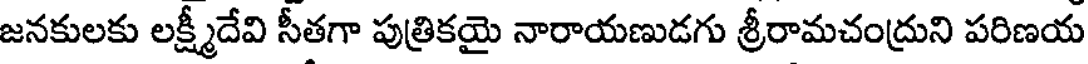
జనకులకు లక్ష్మీదేవి సీతగా పుత్రికయై నారాయణుడగు శ్రీరామచంద్రుని పరిణయ